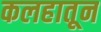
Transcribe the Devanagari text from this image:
कलहातून